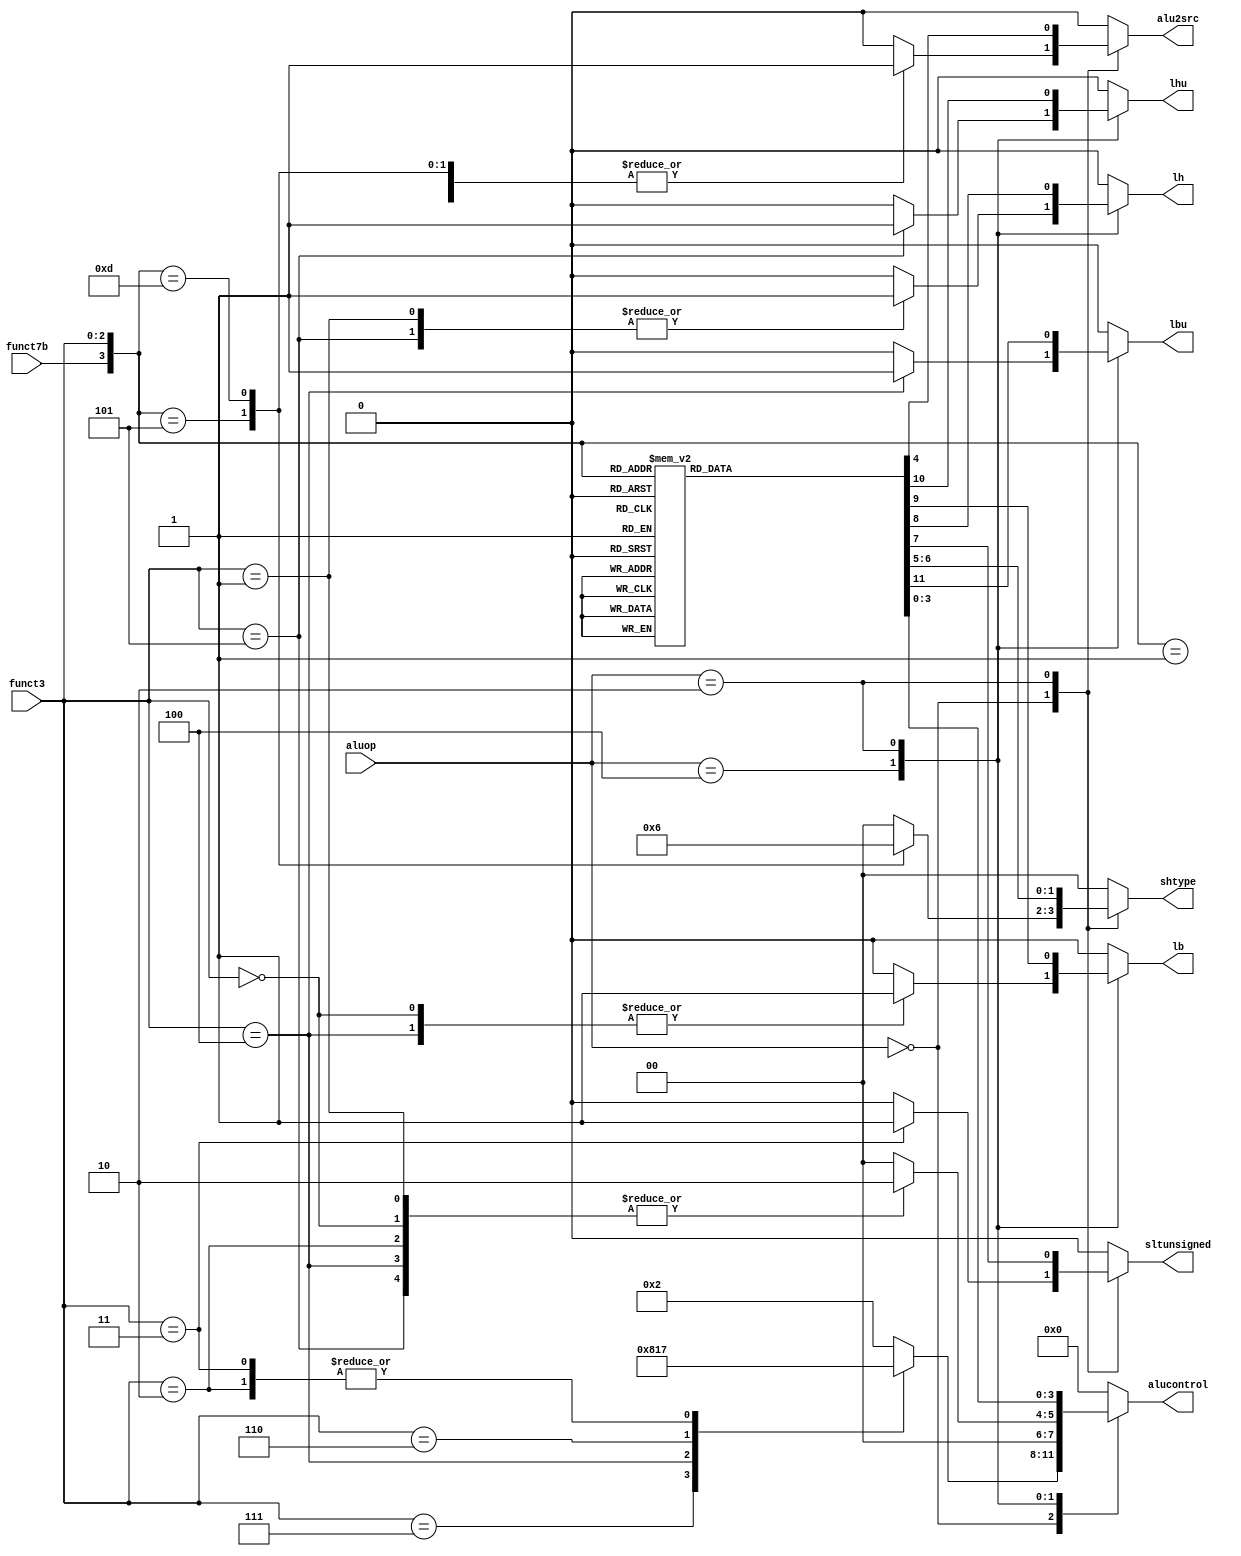
// This program was cloned from: https://github.com/NYU-MLDA/OpenABC
// License: BSD 3-Clause "New" or "Revised" License

module aludec (input wire        funct7b,
         input wire [2:0]  funct3,
               input wire [2:0]  aluop,
               output reg [3:0] alucontrol,
         output reg [1:0] shtype,
         output reg     alu2src,
         output reg     sltunsigned,
         output reg     lh, lb, lhu, lbu);

   always@(*)
     case(aluop)
       3'b000:
         begin
            casex({funct7b, funct3})
              // slli
              4'b0001: 
    begin
       alucontrol <= 4'b0010; 
       shtype <= 2'b00;
       alu2src <= 1'b1;
       sltunsigned <= 1'b0;
       lh <= 1'b0;
       lb <= 1'b0;
       lhu <= 1'b0;
       lbu <= 1'b0;      
    end
              // srli
              4'b0101:
    begin
       alucontrol <= 4'b0010; 
       shtype <= 2'b01;
       alu2src <= 1'b1;
       sltunsigned <= 1'b0;
       lh <= 1'b0;
       lb <= 1'b0;
       lhu <= 1'b0;
       lbu <= 1'b0;            
    end
            // andi
              4'b?111:
    begin
                   alucontrol <= 4'b0000;
                   shtype <= 2'b00;
                   alu2src <= 1'b0;
       sltunsigned <= 1'b0;
       lh <= 1'b0;
       lb <= 1'b0;
       lhu <= 1'b0;
       lbu <= 1'b0;            
    end
              // xori
              4'b?100:
    begin
                   alucontrol <= 4'b1000;
                   shtype <= 2'b00;
                   alu2src <= 1'b0;
       sltunsigned <= 1'b0;
       lh <= 1'b0;
       lb <= 1'b0;
       lhu <= 1'b0;
       lbu <= 1'b0;            
    end       
              // ori
              4'b?110:
    begin
                   alucontrol <= 4'b0001;
                   shtype <= 2'b00;
                   alu2src <= 1'b0;
       sltunsigned <= 1'b0;
       lh <= 1'b0;
       lb <= 1'b0;
       lhu <= 1'b0;
       lbu <= 1'b0;            
    end
              //slti
              4'b?010:
    begin
                   alucontrol <= 4'b0111;
                   alu2src <= 1'b0;
                   shtype <= 2'b00;
                   sltunsigned <= 1'b0;
       lh <= 1'b0;
       lb <= 1'b0;
       lhu <= 1'b0;
       lbu <= 1'b0;            
    end
              // srai
              4'b1101:
    begin
                   alucontrol <= 4'b0010;
                   shtype <= 2'b10;
                   alu2src <= 1'b1;
       sltunsigned <= 1'b0;
       lh <= 1'b0;
       lb <= 1'b0;
       lhu <= 1'b0;
       lbu <= 1'b0;            
    end
              // sltiu
              4'b?011:
    begin
                   alucontrol <= 4'b0111;
                   alu2src <= 1'b0;
                   shtype <= 2'b00;
                   sltunsigned <= 1'b1;
       lh <= 1'b0;
       lb <= 1'b0;
       lhu <= 1'b0;
       lbu <= 1'b0;            
    end
        // Handle other immediates
              default: 
    begin
       alucontrol <= 4'b0010; 
       shtype <= 2'b00;
       alu2src <= 1'b0;
       sltunsigned <= 1'b0;
       lh <= 1'b0;
       lb <= 1'b0;
       lhu <= 1'b0;
       lbu <= 1'b0;            
    end       
            endcase // casex ({funct7b, funct3})      
         end
       // lw/sw
       3'b100:
   case(funct3)
     // lb/sb
     3'b000:
       begin
    alucontrol <= 4'b0010; 
    shtype <= 2'b00;
    alu2src <= 1'b0;
    sltunsigned <= 1'b0;
    lh <= 1'b0;
    lb <= 1'b1;
    lhu <= 1'b0;
    lbu <= 1'b0;            
       end // case: 3'b000
     // lh/sh
     3'b001: 
       begin
    alucontrol <= 4'b0010; 
    shtype <= 2'b00;
    alu2src <= 1'b0;
    sltunsigned <= 1'b0;
    lh <= 1'b1;
    lb <= 1'b0;
    lhu <= 1'b0;
    lbu <= 1'b0;            
       end   
     // lw/sw
     3'b010: 
       begin
    alucontrol <= 4'b0010; 
    shtype <= 2'b00;
    alu2src <= 1'b0;
    sltunsigned <= 1'b0;
    lh <= 1'b0;
    lb <= 1'b0;
    lhu <= 1'b0;
    lbu <= 1'b0;            
       end 
     // lbu/sbu
     3'b100: 
       begin
    alucontrol <= 4'b0010; 
    shtype <= 2'b00;
    alu2src <= 1'b0;
    sltunsigned <= 1'b0;
    lh <= 1'b0;
    lb <= 1'b1;
    lhu <= 1'b0;
    lbu <= 1'b1;            
       end 
     // lhu/shu
     3'b101: 
       begin
    alucontrol <= 4'b0010; 
    shtype <= 2'b00;
    alu2src <= 1'b0;
    sltunsigned <= 1'b0;
    lh <= 1'b1;
    lb <= 1'b0;
    lhu <= 1'b1;
    lbu <= 1'b0;            
       end 
     default:
       begin
    alucontrol <= 4'b0000; 
    shtype <= 2'b00;
    alu2src <= 1'b0;
    sltunsigned <= 1'b0;
    lh <= 1'b0;
    lb <= 1'b0;
    lhu <= 1'b0;
    lbu <= 1'b0;            
       end // case: default
   endcase    
       // R-type       
       3'b010:
   case({funct7b, funct3})
     // add
     4'b0000: 
       begin
          alucontrol <= 4'b0010;     
          alu2src <= 1'b0;
      shtype <= 2'b00;
    sltunsigned <= 1'b0;
    lh <= 1'b0;
    lb <= 1'b0;
    lhu <= 1'b0;
    lbu <= 1'b0;          
       end
     // sll
     4'b0001: 
       begin
          alucontrol <= 4'b0010;     
    alu2src <= 1'b1;
            shtype <= 2'b00;
    sltunsigned <= 1'b0;
    lh <= 1'b0;
    lb <= 1'b0;
    lhu <= 1'b0;
    lbu <= 1'b0;          
       end
     // xor
     4'b0100: 
       begin
          alucontrol <= 4'b1000;     
          alu2src <= 1'b0;
      shtype <= 2'b00;
    sltunsigned <= 1'b0;
    lh <= 1'b0;
    lb <= 1'b0;
    lhu <= 1'b0;
    lbu <= 1'b0;          
       end     
     // srl
     4'b0101: 
       begin
          alucontrol <= 4'b0010;     
          alu2src <= 1'b1;
            shtype <= 2'b01;
    sltunsigned <= 1'b0;
    lh <= 1'b0;
    lb <= 1'b0;
    lhu <= 1'b0;
    lbu <= 1'b0;          
       end
     // sra
     4'b1101: 
       begin
          alucontrol <= 4'b0010;     
          alu2src <= 1'b1;
            shtype <= 2'b10;
    sltunsigned <= 1'b0;
    lh <= 1'b0;
    lb <= 1'b0;
    lhu <= 1'b0;
    lbu <= 1'b0;          
       end
     // sub
     4'b1000:
       begin
          alucontrol <= 4'b0110;     
          alu2src <= 1'b0;
      shtype <= 2'b00;         
    sltunsigned <= 1'b0;
    lh <= 1'b0;
    lb <= 1'b0;
    lhu <= 1'b0;
    lbu <= 1'b0;          
       end
     // and
     4'b0111:
       begin
          alucontrol <= 4'b0000;     
          alu2src <= 1'b0;
            shtype <= 2'b00;         
    sltunsigned <= 1'b0;
    lh <= 1'b0;
    lb <= 1'b0;
    lhu <= 1'b0;
    lbu <= 1'b0;          
       end
     // or
     4'b0110: 
       begin
          alucontrol <= 4'b0001;     
          alu2src <= 1'b0;
            shtype <= 2'b00;         
    sltunsigned <= 1'b0;
    lh <= 1'b0;
    lb <= 1'b0;
    lhu <= 1'b0;
    lbu <= 1'b0;          
       end
     // slt
     4'b0010:
       begin
          alucontrol <= 4'b0111;     
          alu2src <= 1'b0;
            shtype <= 2'b00;         
    sltunsigned <= 1'b0;
    lh <= 1'b0;
    lb <= 1'b0;
    lhu <= 1'b0;
    lbu <= 1'b0;          
       end
     // sltu
     4'b0011:
       begin
          alucontrol <= 4'b0111;     
          alu2src <= 1'b0;
            shtype <= 2'b00;         
    sltunsigned <= 1'b1;
    lh <= 1'b0;
    lb <= 1'b0;
    lhu <= 1'b0;
    lbu <= 1'b0;          
       end
     // ???
     default:
       begin
          alucontrol <= 4'b0000;     
          alu2src <= 1'b0;
          shtype <= 2'b00;
    sltunsigned <= 1'b0;
    lh <= 1'b0;
    lb <= 1'b0;
    lhu <= 1'b0;
    lbu <= 1'b0;          
       end
   endcase // case ({funct7b, funct3})
       // ???
       default:
   begin
      alucontrol <= 4'b0000;     
      alu2src <= 1'b0;
      shtype <= 2'b00;
      sltunsigned <= 1'b0;
      lh <= 1'b0;
      lb <= 1'b0;
      lhu <= 1'b0;
      lbu <= 1'b0;            
   end       
     endcase // case (aluop)

endmodule